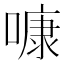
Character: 𠻞